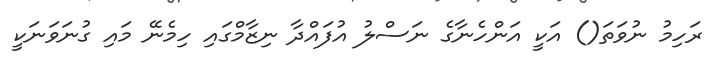
ރަހިމު ނުވަތަ() އަކީ އަންހެނާގެ ނަސްލު އުފައްދާ ނިޒާމްގައި ހިމެނޭ މައި ގުނަވަނަކީ